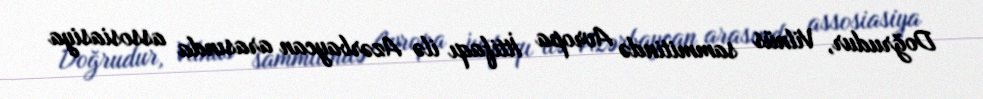
Doğrudur, Vilnüs sammitində Avropa İttifaqı ilə Azərbaycan arasında assosiasiya